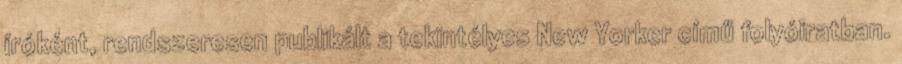
íróként, rendszeresen publikált a tekintélyes New Yorker című folyóiratban.